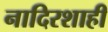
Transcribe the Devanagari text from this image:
नादिरशाही